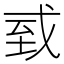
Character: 㦶